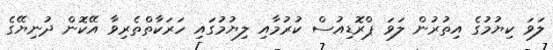
ލަވަ ކިޔުމުގެ އިތުރުން ލަވަ ޕްރޮޑިއުސް ކުރުމާއި ލިޔުމުގައި ހަރަކާތްތެރިވާ އޭކޮން ދުނިޔޭގެ